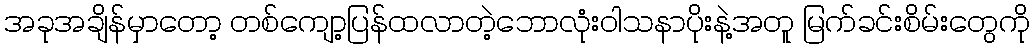
အခုအချိန်မှာတော့ တစ်ကျော့ပြန်ထလာတဲ့ဘောလုံးဝါသနာပိုးနဲ့အတူ မြက်ခင်းစိမ်းတွေကို